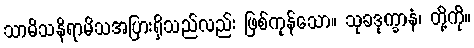
သာမိသနိရာမိသအပြားရှိသည်လည်း ဖြစ်ကုန်သော။ သုခဒုက္ခာနံ၊ တို့ကို။